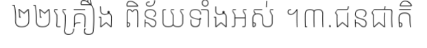
២២គ្រឿង ពិន័យទាំងអស់ ។៣.ជនជាតិ